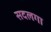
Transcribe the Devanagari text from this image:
सदलगा